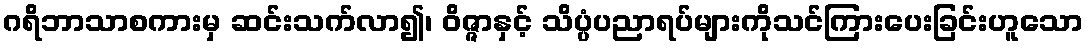
ဂရိဘာသာစကားမှ ဆင်းသက်လာ၍၊ ဝိဇ္ဇာနှင့် သိပ္ပံပညာရပ်များကိုသင်ကြားပေးခြင်းဟူသော